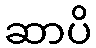
ဆာပိ